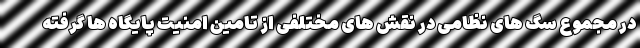
در مجموع سگ های نظامی در نقش های مختلفی از تامین امنیت پایگاه ها گرفته